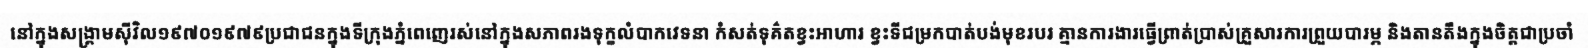
នៅក្នុងសង្គ្រាមស៊ីវិល១៩៧០១៩៧៩ប្រជាជនក្នុងទីក្រុងភ្នំពេញេរស់នៅក្នុងសភាពរងទុក្ខលំបាកវេទនា កំសត់ទុគ៌តខ្វះអាហារ ខ្វះទីជម្រកបាត់បង់មុខរបរ គ្មានការងារធ្វើព្រាត់ប្រាស់គ្រួសារការព្រួយបារម្ភ និងតានតឹងក្នុងចិត្តជាប្រចាំ